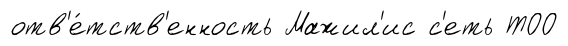
отв'е́тств'енность Мажил'ис с'еть ТОО